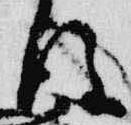
後